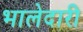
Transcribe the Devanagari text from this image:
भालेदारी